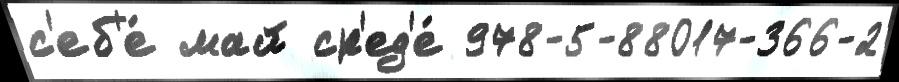
с'еб'е́ май ср'ед'е́ 978-5-88017-366-2